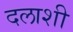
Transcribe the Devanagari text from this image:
दलाशी